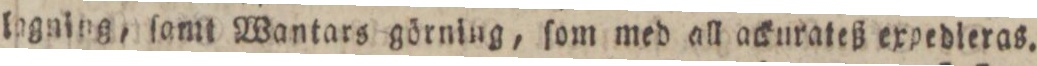
logning, ſamt Wantars görning, ſom med all ackurateß expedieras.